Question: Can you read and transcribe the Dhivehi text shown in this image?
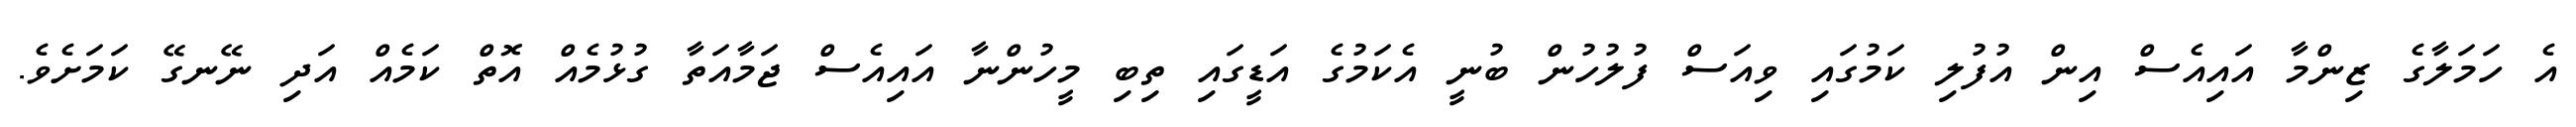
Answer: އެ ހަމަލާގެ ޒިންމާ އައިއެސް އިން އުފުލި ކަމުގައި ވިއަސް ފުލުހުން ބުނީ އެކަމުގެ އަޑީގައި ތިބި މީހުންނާ އައިއެސް ޖަމާއަތާ ގުޅުމެއް އޮތް ކަމެއް އަދި ނޭނގޭ ކަމަށެވެ.